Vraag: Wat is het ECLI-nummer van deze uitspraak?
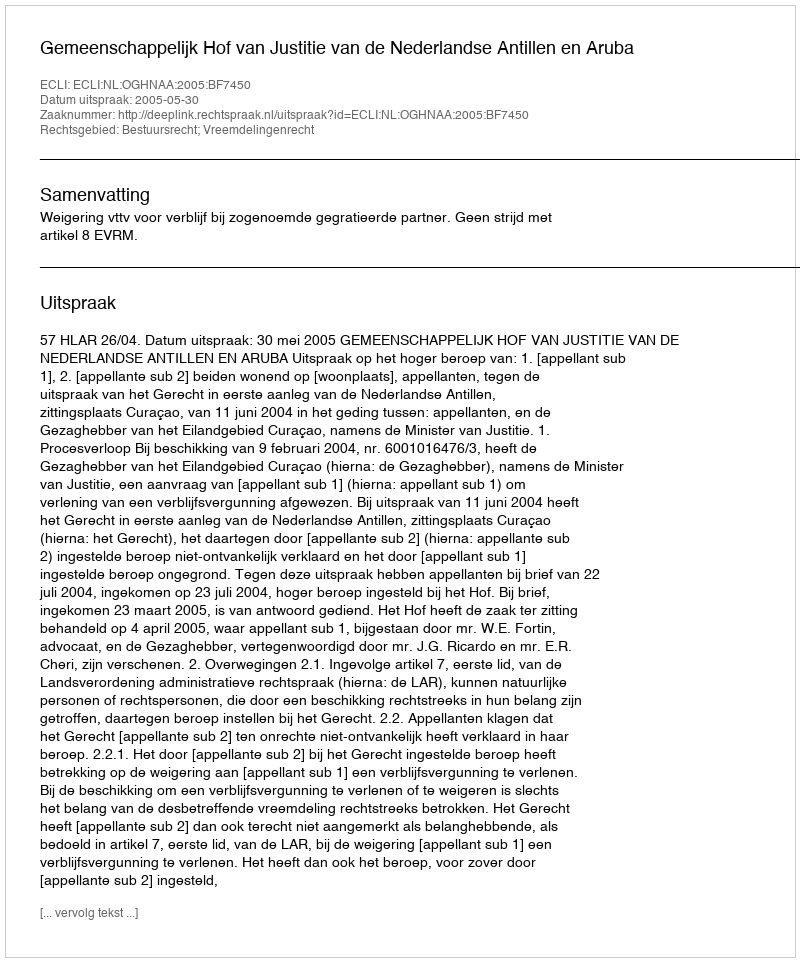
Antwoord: ECLI:NL:OGHNAA:2005:BF7450